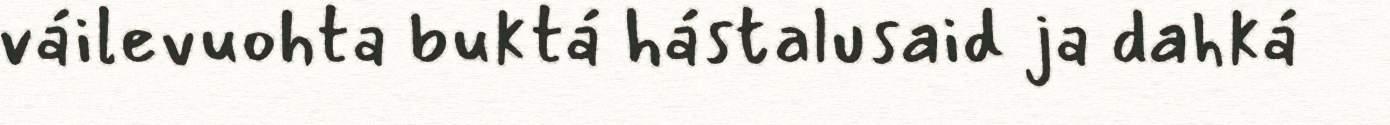
váilevuohta buktá hástalusaid ja dahká